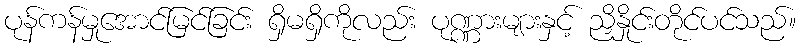
ပုန်ကန်မှုအောင်မြင်ခြင်း ရှိမရှိကိုလည်း ပုဏ္ဏားများနှင့် ညှိနှိုင်းတိုင်ပင်သည်။